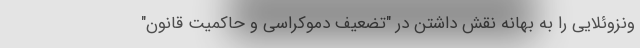
ونزوئلایی را به بهانه نقش داشتن در "تضعیف دموکراسی و حاکمیت قانون"